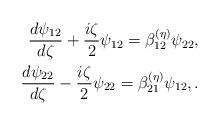
LaTeX: \begin{align*} \frac{d\psi_{12}}{d\zeta}+\frac{i\zeta}{2}\psi_{12}=\beta^{(\eta)}_{12}\psi_{22},\\ \frac{d\psi_{22}}{d\zeta}-\frac{i\zeta}{2}\psi_{22}=\beta^{(\eta)}_{21}\psi_{12},. \end{align*}